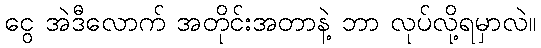
ငွေ အဲဒီလောက် အတိုင်းအတာနဲ့ ဘာ လုပ်လို့ရမှာလဲ။